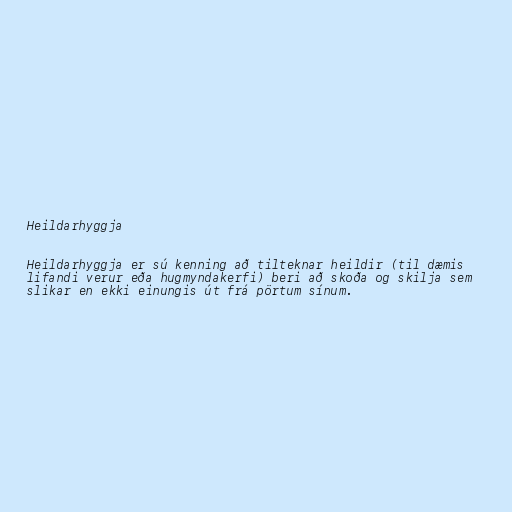
Heildarhyggja

Heildarhyggja er sú kenning að tilteknar heildir (til dæmis
lifandi verur eða hugmyndakerfi) beri að skoða og skilja sem
slikar en ekki einungis út frá pörtum sínum.